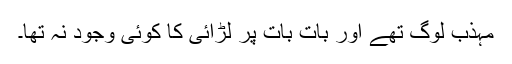
مہذب لوگ تھے اور بات بات پر لڑائی کا کوئی وجود نہ تھا۔